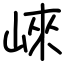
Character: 崍